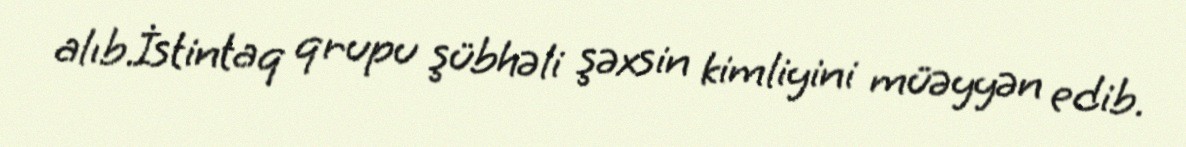
alıb.İstintaq qrupu şübhəli şəxsin kimliyini müəyyən edib.